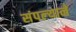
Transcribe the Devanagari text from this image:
संपल्‍याने